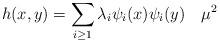
LaTeX: \begin{align*}h(x,y)=\sum_{i\geq 1} \lambda_i \psi_i(x)\psi_i(y) ~~~ \mu^2\end{align*}